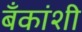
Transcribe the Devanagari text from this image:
बँकांशी